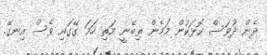
ދެން ދުވަސް ކޮޅަކުން މަމެން ތިބޭނީ މަތި ހަމަ ގޭގައި ވެސް އިނގޭ.